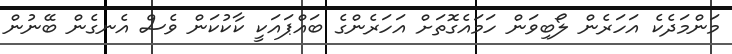
މަންމަދެކެ އަހަރެން ލޯބިވަން ހަމައެގޮތަށް އަހަރެންގެ ބައްޕައަކީ ކާކުކަން ވެސް އެނގެން ބޭނުން